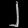
Digit: ၂